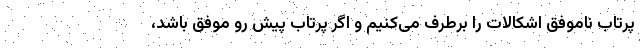
پرتاب ناموفق اشکالات را برطرف می‌کنیم و اگر پرتاب پیش رو موفق باشد،